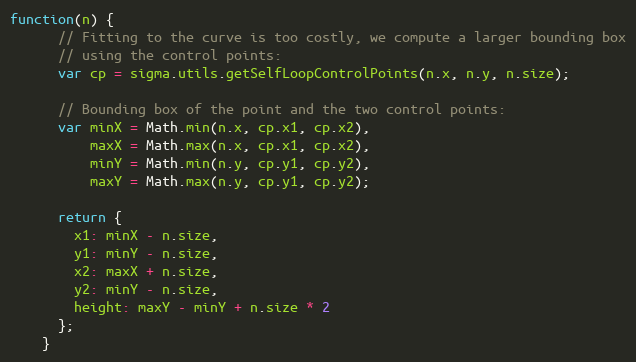
Language: JavaScript
function(n) {
      // Fitting to the curve is too costly, we compute a larger bounding box
      // using the control points:
      var cp = sigma.utils.getSelfLoopControlPoints(n.x, n.y, n.size);

      // Bounding box of the point and the two control points:
      var minX = Math.min(n.x, cp.x1, cp.x2),
          maxX = Math.max(n.x, cp.x1, cp.x2),
          minY = Math.min(n.y, cp.y1, cp.y2),
          maxY = Math.max(n.y, cp.y1, cp.y2);

      return {
        x1: minX - n.size,
        y1: minY - n.size,
        x2: maxX + n.size,
        y2: minY - n.size,
        height: maxY - minY + n.size * 2
      };
    }